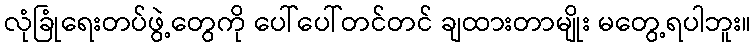
လုံခြုံရေးတပ်ဖွဲ့တွေကို ပေါ်ပေါ်တင်တင် ချထားတာမျိုး မတွေ့ရပါဘူး။